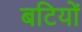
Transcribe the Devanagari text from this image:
बटियों